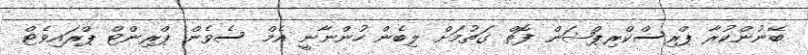
ބޭނުންކުރާ ޕްރިސްކްރިޕްޝަން ފޮތް ގަތުމަށް ލިބެން ހުންނާނީ އެމް ސެވެން ޕްރިންޓް ޕްރައިވެޓް